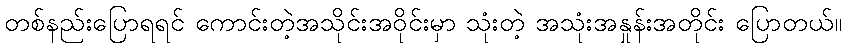
တစ်နည်းပြောရရင် ကောင်းတဲ့အသိုင်းအဝိုင်းမှာ သုံးတဲ့ အသုံးအနှုန်းအတိုင်း ပြောတယ်။